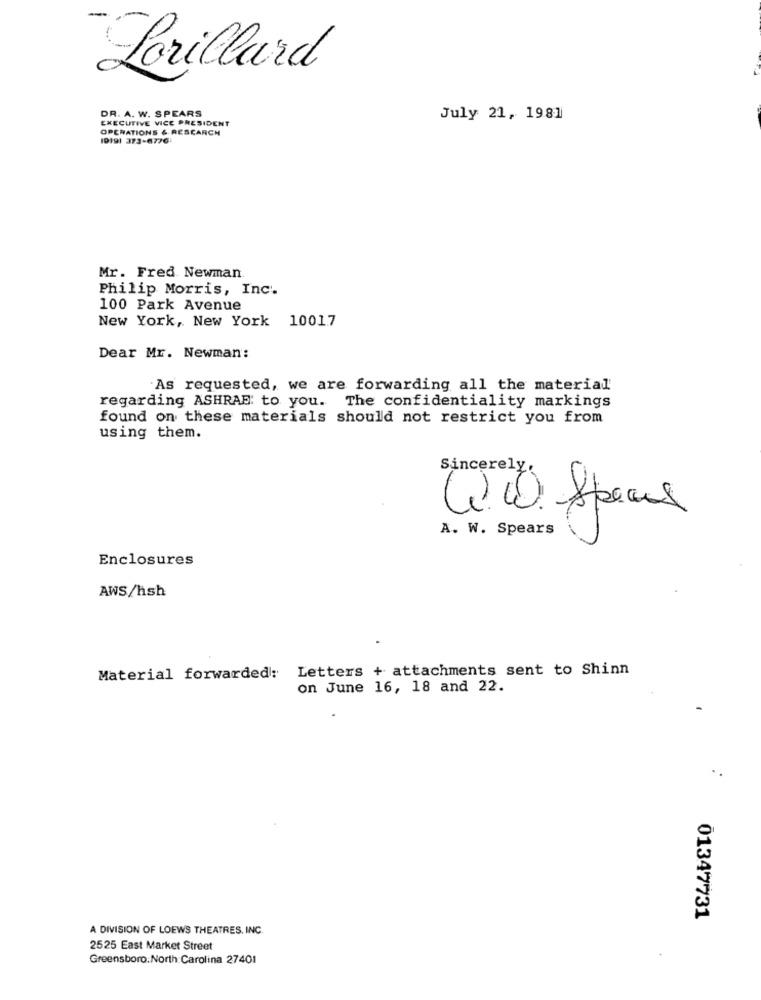
Lorillard
DR. A. W. SPEARS
EXECUTIVE VICE PRESIDENT
July 21, 1981
OPERATIONS & RESCARCH
10191 373-6776
Mr. Fred. Newman.
Philip Morris, Inc.
100 Park Avenue
New York, New York 10017
Dear Mr. Newman:
As requested, we are forwarding all the material
regarding ASHRAF: to you. The confidentiality markings
found on these materials should not restrict you from
using them.
Sincerely.
(20. Apenas
A. W. Spears
Enclosures
AWS/hsh
Letters + attachments sent to Shinn
Material forwarded:
on June 16, 18 and 22.
..
01347731
A DIVISION OF LOEWS THEATRES. INC.
2525 East Market Street
Greensboro.North Carolina 27401